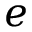
e